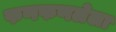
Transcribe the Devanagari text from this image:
फणफणलेला